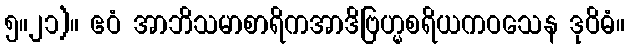
၅။၂၁)။ ဧဝံ အာဘိသမာစာရိကအာဒိဗြဟ္မစရိယကဝသေန ဒုဝိဓံ။